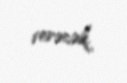
verəcək.